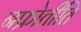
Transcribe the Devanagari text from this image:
नफ्रोेतीति